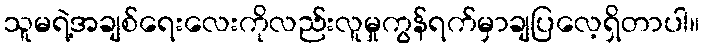
သူမရဲ့အချစ်ရေးလေးကိုလည်းလူမှုကွန်ရက်မှာချပြလေ့ရှိတာပါ။